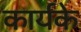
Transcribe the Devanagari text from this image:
कार्यके